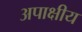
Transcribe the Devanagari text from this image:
अपाक्षीय